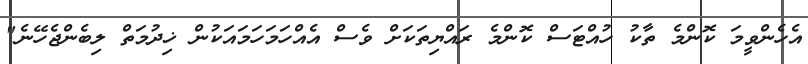
އެހެންވީމަ ކޮންމެ ތާކު ހުއްޓަސް ކޮންމެ ރައްޔިތަކަށް ވެސް އެއްހަމަހަމައަކުން ޚިދުމަތް ލިބެންޖެހޭނެ"